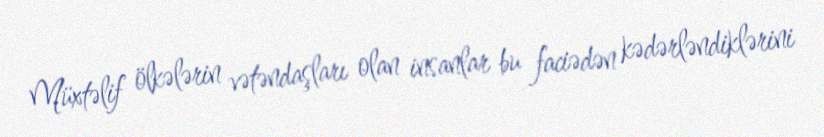
Müxtəlif ölkələrin vətəndaşları olan insanlar bu faciədən kədərləndiklərini